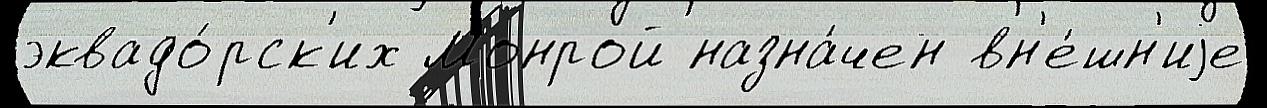
эквадо́рск'их Монрой назна́чен вн'е́шн'иjе